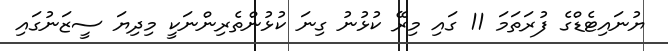
ޔުނައިޓެޑްގެ ފުރަތަމަ 11 ގައި މިރޭ ކުޅުނު ގިނަ ކުޅުންތެރިންނަކީ މިދިޔަ ސީޒަނުގައި